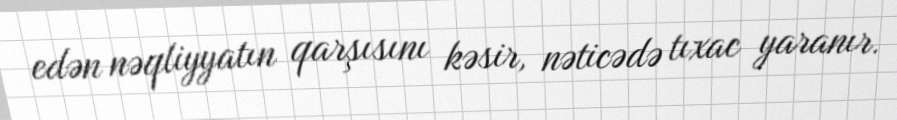
edən nəqliyyatın qarşısını kəsir, nəticədə tıxac yaranır.